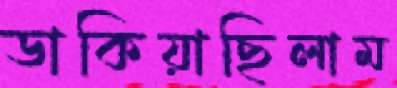
ডাকিয়াছিলাম